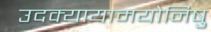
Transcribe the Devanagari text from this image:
उदक्यायामयोनिषु